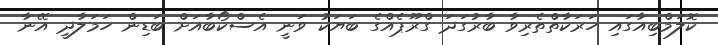
ކޮލަމްބިއާގައި ހަރަކާތްތެރިވާ ބާރުގަދަ ގްރޫޕެއްގެ ބަޔަކު ވަނީ އެސްކޯބާއަށް ބަޑިން ހަމަލާދީ އޭނާ